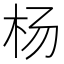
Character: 杨